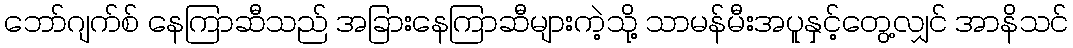
ဘော်ဂျက်စ် နေကြာဆီသည် အခြားနေကြာဆီများကဲ့သို့ သာမန်မီးအပူနှင့်တွေ့လျှင် အာနိသင်